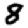
Digit: 8